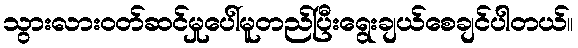
သွားလားဝတ်ဆင်မှုပေါ်မူတည်ပြီးရွေးချယ်စေချင်ပါတယ်။